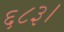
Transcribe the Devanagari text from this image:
६८३।